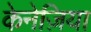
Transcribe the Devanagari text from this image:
केनेज़िया